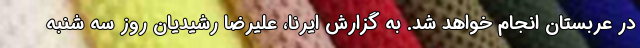
در عربستان انجام خواهد شد. به گزارش ایرنا، علیرضا رشیدیان روز سه شنبه